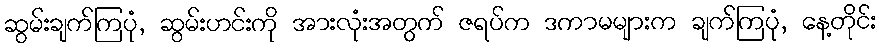
ဆွမ်းချက်ကြပုံ, ဆွမ်းဟင်းကို အားလုံးအတွက် ဇရပ်က ဒကာမများက ချက်ကြပုံ, နေ့တိုင်း